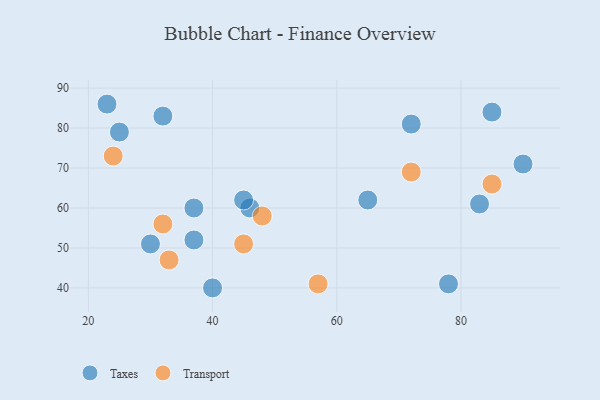
{"axis": {"x": "GDP", "y": "Life Expectancy"}, "legend": ["Taxes", "Transport"], "data": [{"x": "90", "y": 71, "type": "Taxes"}, {"x": "30", "y": 51, "type": "Taxes"}, {"x": "65", "y": 62, "type": "Taxes"}, {"x": "46", "y": 60, "type": "Taxes"}, {"x": "40", "y": 40, "type": "Taxes"}, {"x": "37", "y": 52, "type": "Taxes"}, {"x": "23", "y": 86, "type": "Taxes"}, {"x": "85", "y": 84, "type": "Taxes"}, {"x": "83", "y": 61, "type": "Taxes"}, {"x": "37", "y": 60, "type": "Taxes"}, {"x": "32", "y": 83, "type": "Taxes"}, {"x": "72", "y": 81, "type": "Taxes"}, {"x": "78", "y": 41, "type": "Taxes"}, {"x": "45", "y": 62, "type": "Taxes"}, {"x": "25", "y": 79, "type": "Taxes"}, {"x": "45", "y": 51, "type": "Transport"}, {"x": "24", "y": 73, "type": "Transport"}, {"x": "32", "y": 56, "type": "Transport"}, {"x": "72", "y": 69, "type": "Transport"}, {"x": "33", "y": 47, "type": "Transport"}, {"x": "85", "y": 66, "type": "Transport"}, {"x": "48", "y": 58, "type": "Transport"}, {"x": "57", "y": 41, "type": "Transport"}]}